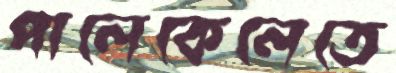
পালেকেলেতে